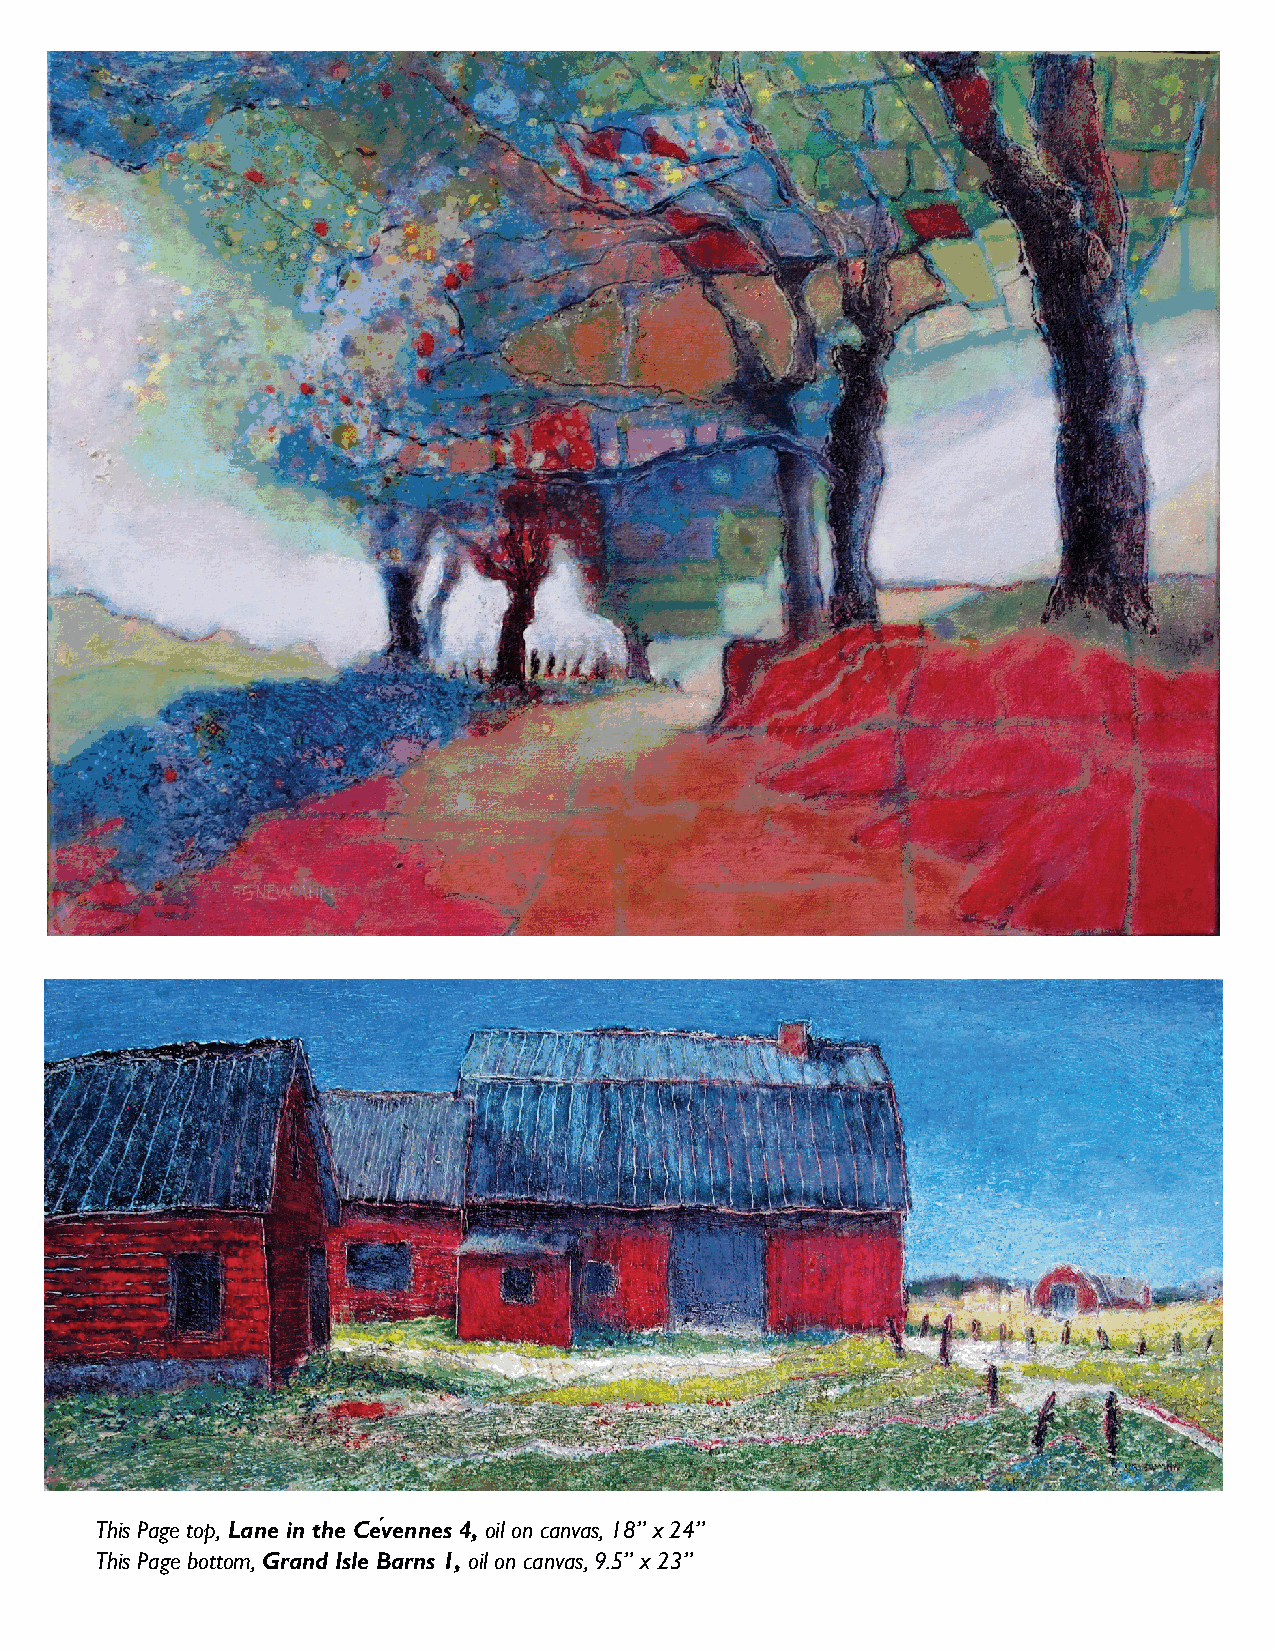
This Page top, Lane in the Cévennes 4, oil on canvas, 18” x 24”
 This Page bottom, Grand Isle Barns 1, oil on canvas, 9.5” x 23”